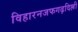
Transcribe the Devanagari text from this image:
विहारनजफगढ़दिल्ली